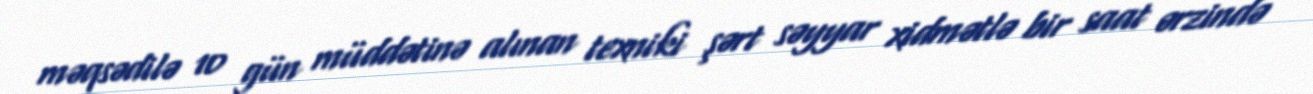
məqsədilə 10 gün müddətinə alınan texniki şərt səyyar xidmətlə bir saat ərzində